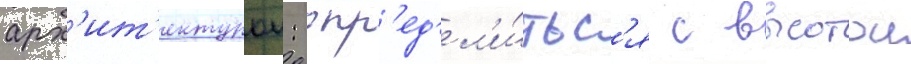
арх'ит'ектурои: опр'ед'ел'и́тьс'я с высотои